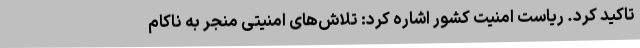
تاکید کرد. ریاست امنیت کشور اشاره کرد: تلاش‌های امنیتی منجر به ناکام